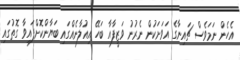
އެހެން ނަމަވެސް ޗައިނާގެ އަވަށަކުން ނެރުނު ވަޒީފާއާ ބަހޭ އިއުލާނެއްގައި ބަޔާންކޮށްފައިވާ ގޮތުގައި